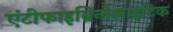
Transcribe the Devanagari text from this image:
एंटीफाइब्रिनोलाइटिक